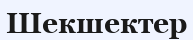
Шекшектер